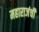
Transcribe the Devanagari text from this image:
महाराजंची